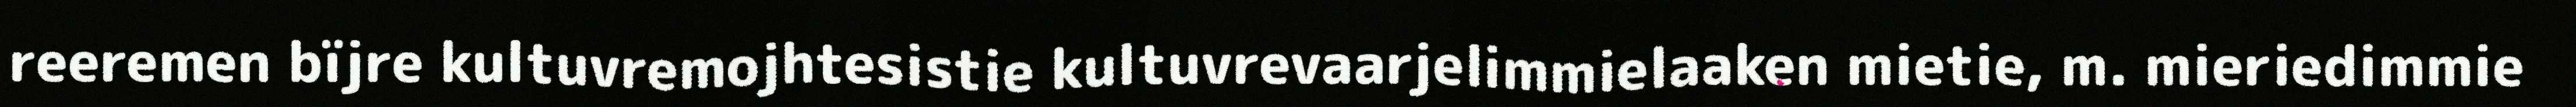
reeremen bïjre kultuvremojhtesistie kultuvrevaarjelimmielaaken mietie, m. mieriedimmie